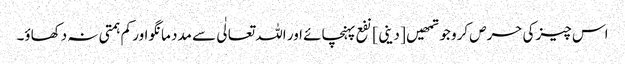
اس چیز کی حرص کرو جو تمھیں [ دینی ] نفع پہنچائے اور اللہ تعالٰی سے مدد مانگو اور کم ہمتی نہ دکھاؤ۔